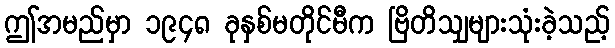
ဤအမည်မှာ ၁၉၄၈ ခုနှစ်မတိုင်မီက ဗြိတိသျှများသုံးခဲ့သည့်